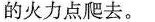
的火力点爬去。